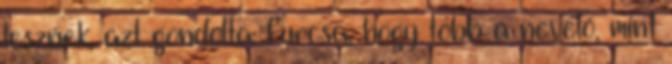
lesznek, azt gondolta: furcsa, hogy több a nevelő, mint